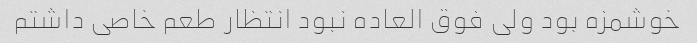
خوشمزه بود ولی فوق العاده نبود انتظار طعم خاصی داشتم